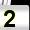
Digit: 2